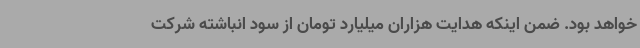
خواهد بود. ضمن اینکه هدایت هزاران میلیارد تومان از سود انباشته شرکت